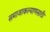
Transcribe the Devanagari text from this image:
समाजाकल्याणसाठी